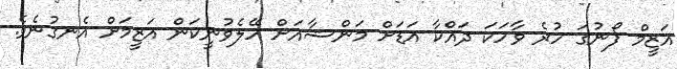
އަޒީމް ފޯނުގަ ހުރެ ވާހަކަ ދައްކާ އަޑަށް މަންޝާއަށް ހޭލެވުނީކަން އަޒީމަށް އެނގުނެވެ.